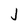
Character: J